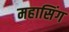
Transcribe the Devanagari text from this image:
महासिंग